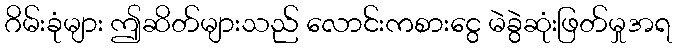
ဂိမ်းခုံများ ဤဆိတ်များသည် လောင်းကစားငွေ မဲခွဲဆုံးဖြတ်မှုအရ